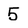
Character: 5